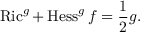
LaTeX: \operatorname { R i c } ^ { g } + \operatorname { H e s s } ^ { g } f = { \frac { 1 } { 2 } } g .